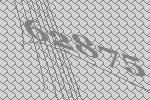
62875